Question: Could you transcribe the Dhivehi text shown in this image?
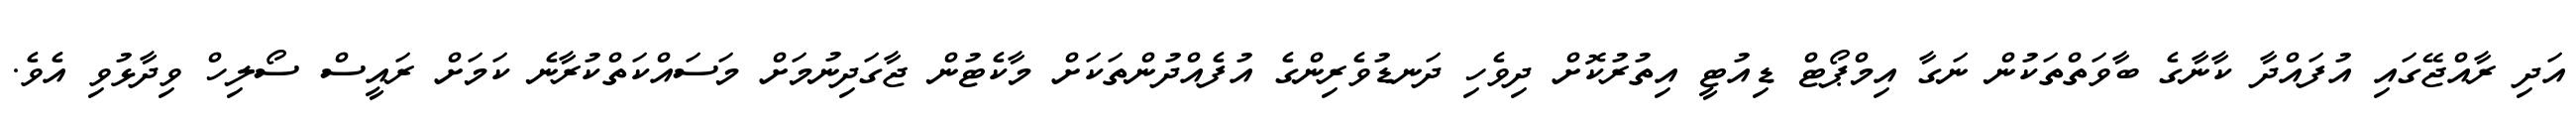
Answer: އަދި ރާއްޖޭގައި އުފައްދާ ކާނާގެ ބާވަތްތަކުން ނަގާ އިމްޕޯޓް ޑިއުޓީ އިތުރުކޮށް ދިވެހި ދަނޑުވެރިންގެ އުފެއްދުންތަކަށް މާކެޓުން ޖާގަދިނުމަށް މަސައްކަތްކުރާނެ ކަމަށް ރައީސް ސޯލިހް ވިދާޅުވި އެވެ.